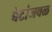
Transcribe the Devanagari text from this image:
बेटांजवळ